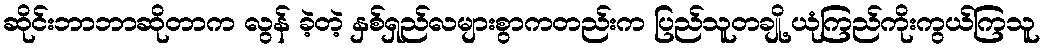
ဆိုင်းဘာဘာဆိုတာက လွန် ခဲ့တဲ့ နှစ်ရှည်လများစွာကတည်းက ပြည်သူတချို့ ယုံကြည်ကိုးကွယ်ကြသူ